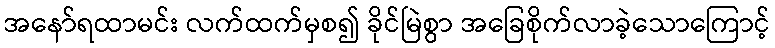
အနော်ရထာမင်း လက်ထက်မှစ၍ ခိုင်မြဲစွာ အခြေစိုက်လာခဲ့သောကြောင့်